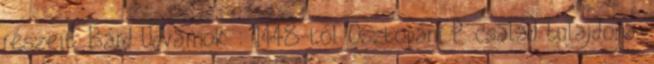
részeit. Bárd Udvarnok : 1448-tól Osztopáni P. család tulajdona.